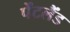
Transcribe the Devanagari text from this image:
पेंटलैंड